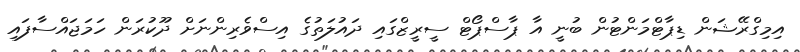
އިމިގްރޭޝަން ޑިޕާޓްމަންޓުން ބުނީ އާ ޕާސްޕޯޓް ސީރީޒްގައި ދައުލަތުގެ އިސްވެރިންނަށް ދޫކުރަން ހަމަޖައްސާފައި